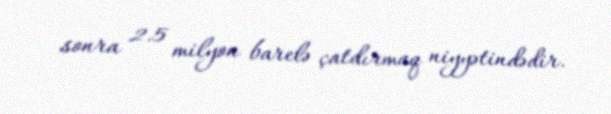
sonra 2.5 milyon barelə çatdırmaq niyyətindədir.